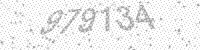
Solution: 979134